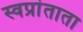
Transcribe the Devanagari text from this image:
स्वप्रांताता